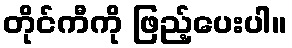
တိုင်ကီကို ဖြည့်ပေးပါ။